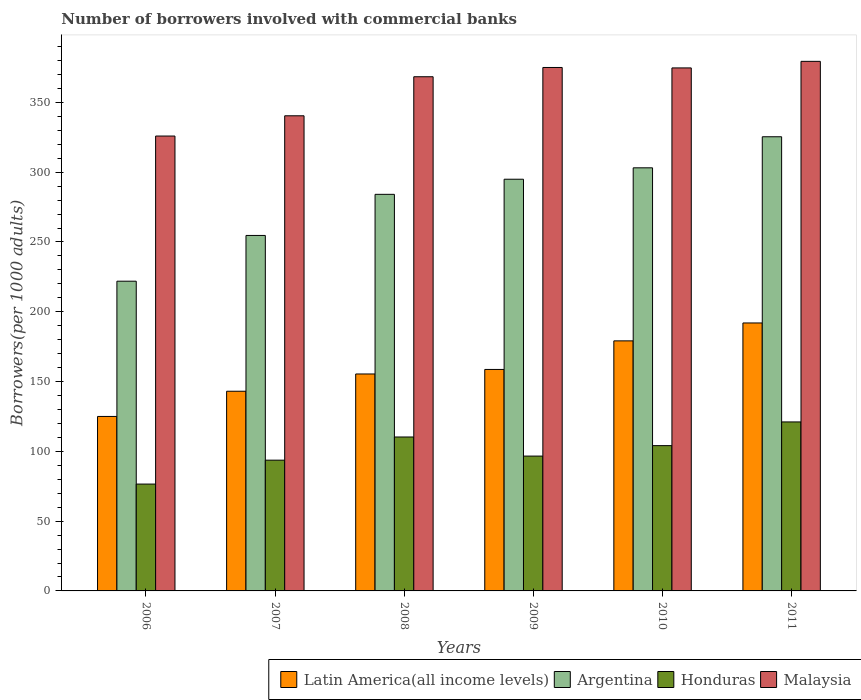
| Years | Latin America(all income levels) | Argentina | Honduras | Malaysia |
 | --- | --- | --- | --- | --- |
 | 2006 | 125 | 222 | 76.6 | 326 |
 | 2007 | 143 | 255 | 93.7 | 340 |
 | 2008 | 155 | 284 | 110 | 368 |
 | 2009 | 159 | 295 | 96.6 | 375 |
 | 2010 | 179 | 303 | 104 | 375 |
 | 2011 | 192 | 325 | 121 | 379 |